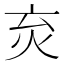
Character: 𤆴